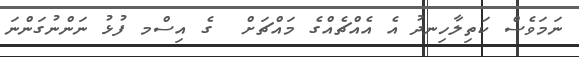
ނަމަވެސް ކަތިލާހިނދު އެ އެއްޗެއްގެ މައްޗަށް  ގެ އިސްމ ފުޅު ނަންނުގަންނަ